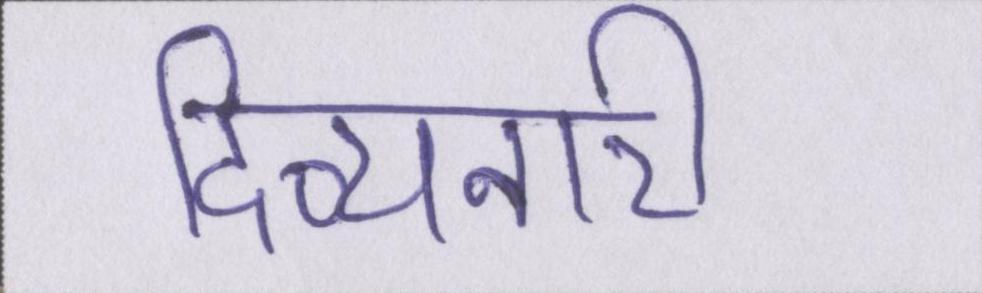
दिव्यनारी